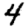
Digit: 4